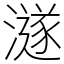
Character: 澻